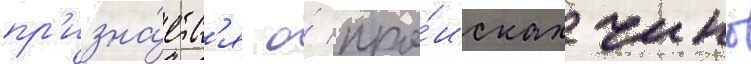
пр'изна́етс'я о́ про́исках чино